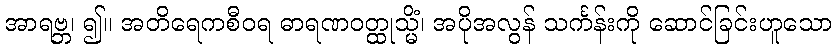
အာရဗ္ဘ၊ ၍။ အတိရေကစီဝရ ဓာရဏဝတ္ထုသ္မိံ၊ အပိုအလွန် သင်္ကန်းကို ဆောင်ခြင်းဟူသော